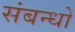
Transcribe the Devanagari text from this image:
संबन्धो